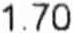
1.70